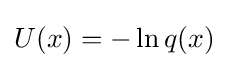
U(x)=-\ln q(x)